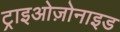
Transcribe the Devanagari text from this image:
ट्राइओज़ोनाइड